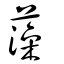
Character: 藻